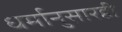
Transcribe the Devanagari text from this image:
धर्मानुसारही